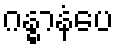
ဂန္ဓာနံပေ